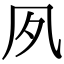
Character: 𡖆